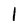
Character: l